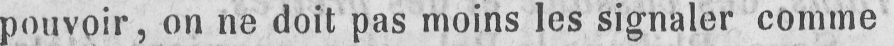
pouvoir, on ne doit pas moins les signaler comme